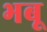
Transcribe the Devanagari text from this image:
भबू